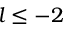
l \leq - 2